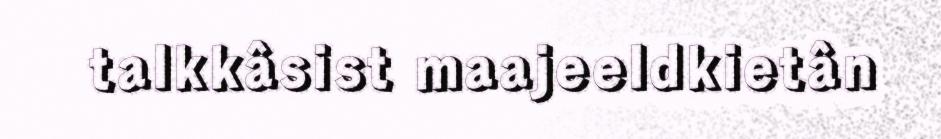
talkkâsist maajeeldkietân